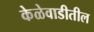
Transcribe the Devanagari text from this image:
केळेवाडीतील